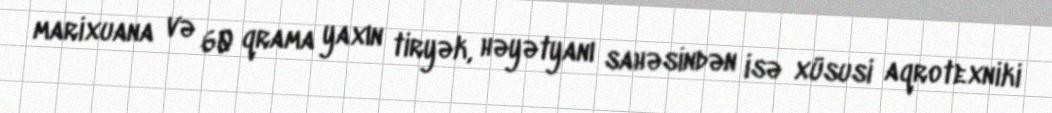
marixuana və 60 qrama yaxın tiryək, həyətyanı sahəsindən isə xüsusi aqrotexniki